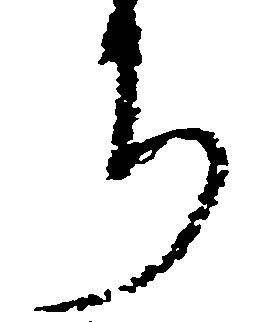
ち